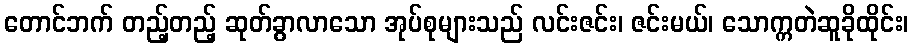
တောင်ဘက် တည့်တည့် ဆုတ်ခွာလာသော အုပ်စုများသည် လင်းဇင်း၊ ဇင်းမယ်၊ သောက္ကတဲဆူခိုထိုင်း၊